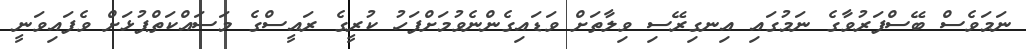
ނަމަވެސް ބޭސްފަރުވާގެ ނަމުގައި އިނގިރޭސި ވިލާތަށް ވަޑައިގެންނެވުމަށްފަހު ކުރީގެ ރައީސްގެ މަސައްކަތްޕުޅަށް ވެފައިވަނީ